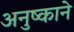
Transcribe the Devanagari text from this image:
अनुष्काने